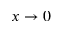
x \to 0